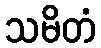
သမိတံ